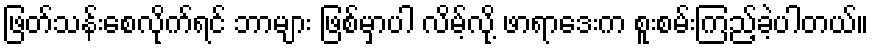
ဖြတ်သန်းစေလိုက်ရင် ဘာများ ဖြစ်မှာပါ လိမ့်လို့ ဖာရာဒေးက စူးစမ်းကြည့်ခဲ့ပါတယ်။